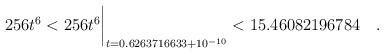
LaTeX: \begin{align*} 256 t^6& < 256 t^6\biggr\rvert_{t=0.6263716633 + 10^{-10}} < 15.46082196784\quad . \end{align*}